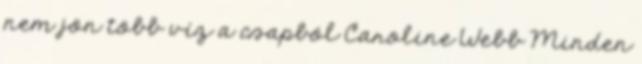
nem jön több víz a csapból Caroline Webb Minden